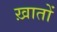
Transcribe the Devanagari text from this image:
ख़ातों